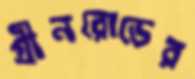
গ্রীনরোডের